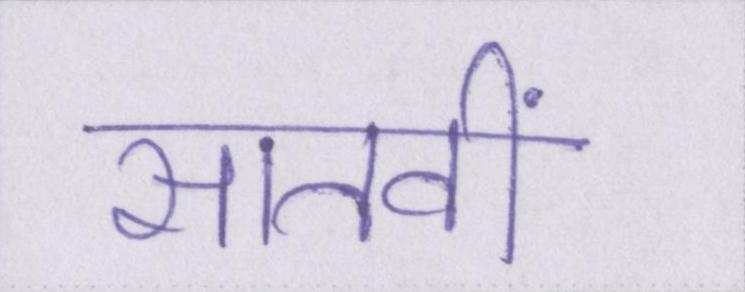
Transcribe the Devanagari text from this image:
सातवीं